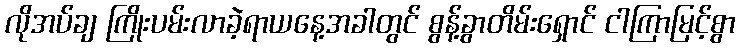
လိုအပ်ချ ကြိုးပမ်းလာခဲ့ရာယနေ့အခါတွင် စွန့်ခွာတိမ်းရှောင် ငါကြာမြင့်စွာ